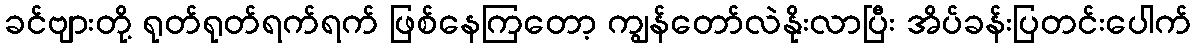
ခင်ဗျားတို့ ရုတ်ရုတ်ရက်ရက် ဖြစ်နေကြတော့ ကျွန်တော်လဲနိုးလာပြီး အိပ်ခန်းပြတင်းပေါက်